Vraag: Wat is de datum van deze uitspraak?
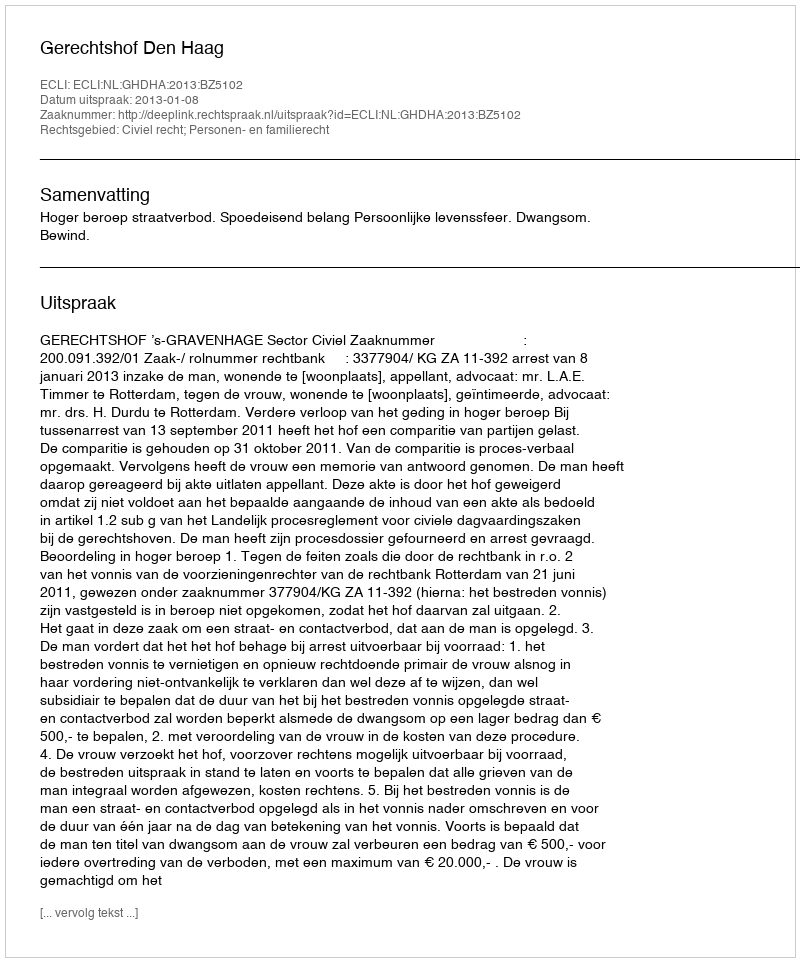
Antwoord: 2013-01-08